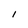
Character: I